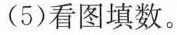
(5)看图填数。